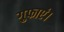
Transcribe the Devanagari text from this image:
गुफाएं।